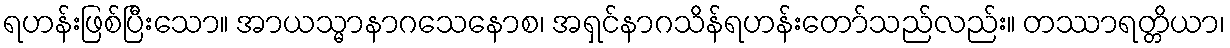
ရဟန်းဖြစ်ပြီးသော။ အာယသ္မာနာဂသေနောစ၊ အရှင်နာဂသိန်ရဟန်းတော်သည်လည်း။ တဿာရတ္တိယာ၊